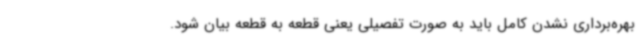
بهره‌برداری نشدن کامل باید به صورت تفصیلی یعنی قطعه به قطعه بیان شود.